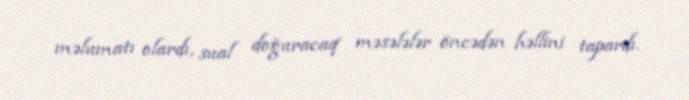
məlumatı olardı, sual doğuracaq məsələlər öncədən həllini tapardı.